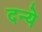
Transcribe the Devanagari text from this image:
दन्ये